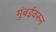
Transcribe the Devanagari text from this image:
मुंबईवरुन